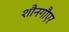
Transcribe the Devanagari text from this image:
शौनगौएर